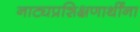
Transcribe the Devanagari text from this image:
नाट्यप्रशिक्षणार्थींना